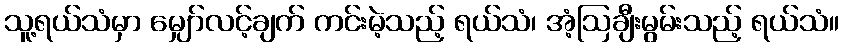
သူ့ရယ်သံမှာ မျှော်လင့်ချက် ကင်းမဲ့သည့် ရယ်သံ၊ အံ့ဩချီးမွမ်းသည့် ရယ်သံ။